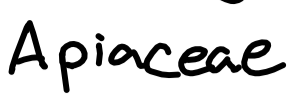
Text: Apiaceae
Cross-out: clean
Writing tool: digital_black